Report on sanitation, dispensaries, and jails in Rajputana for 1915, and on vaccination for the year 1915-1916 - 1915-1916
Year: 1915
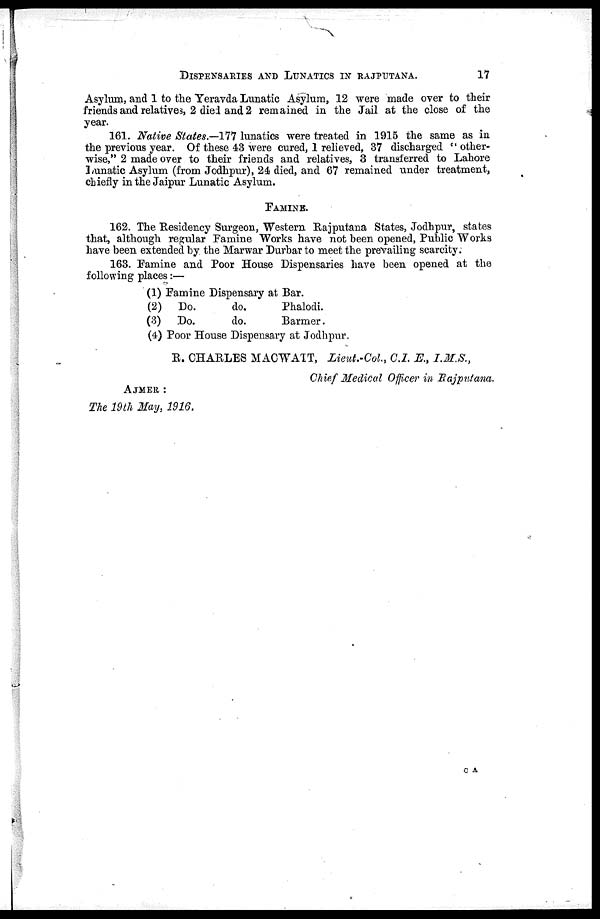
DISPENSARIES AND LUNATICS IN RAJPUTANA.
17
Asylum, and 1 to the Yeravda Lunatic Asylum, 12 were made over to their
friends and relatives, 2 died and 2 remained in the Jail at the close of the
year.
161. Native States.—177 lunatics were treated in 1915 the same as in
the previous year. Of these 43 were cured, 1 relieved, 37 discharged " other-
wise," 2 made over to their friends and relatives, 3 transferred to Lahore
Lunatic Asylum (from Jodhpur), 24 died, and 67 remained under treatment,
chiefly in the Jaipur Lunatic Asylum.
FAMINE.
162. The Residency Surgeon, Western Rajputana States, Jodhpur, states
that, although regular Famine Works have not been opened, Public Works
have been extended by the Marwar Durbar to meet the prevailing scarcity:
163. Famine and Poor House Dispensaries have been opened at the
following places:—
(1) Famine Dispensary at Bar.
(2) Do.
do.
Phalodi.
(3) Do.
do.
Barmer.
(4) Poor House Dispensary at Jodhpur.
R. CHARLES MACWATT, Lieut.-Col., C.I. E., I.M.S.,
Chief Medical Officer in Rajputana.
AJMER :
The 19th May, 1916.